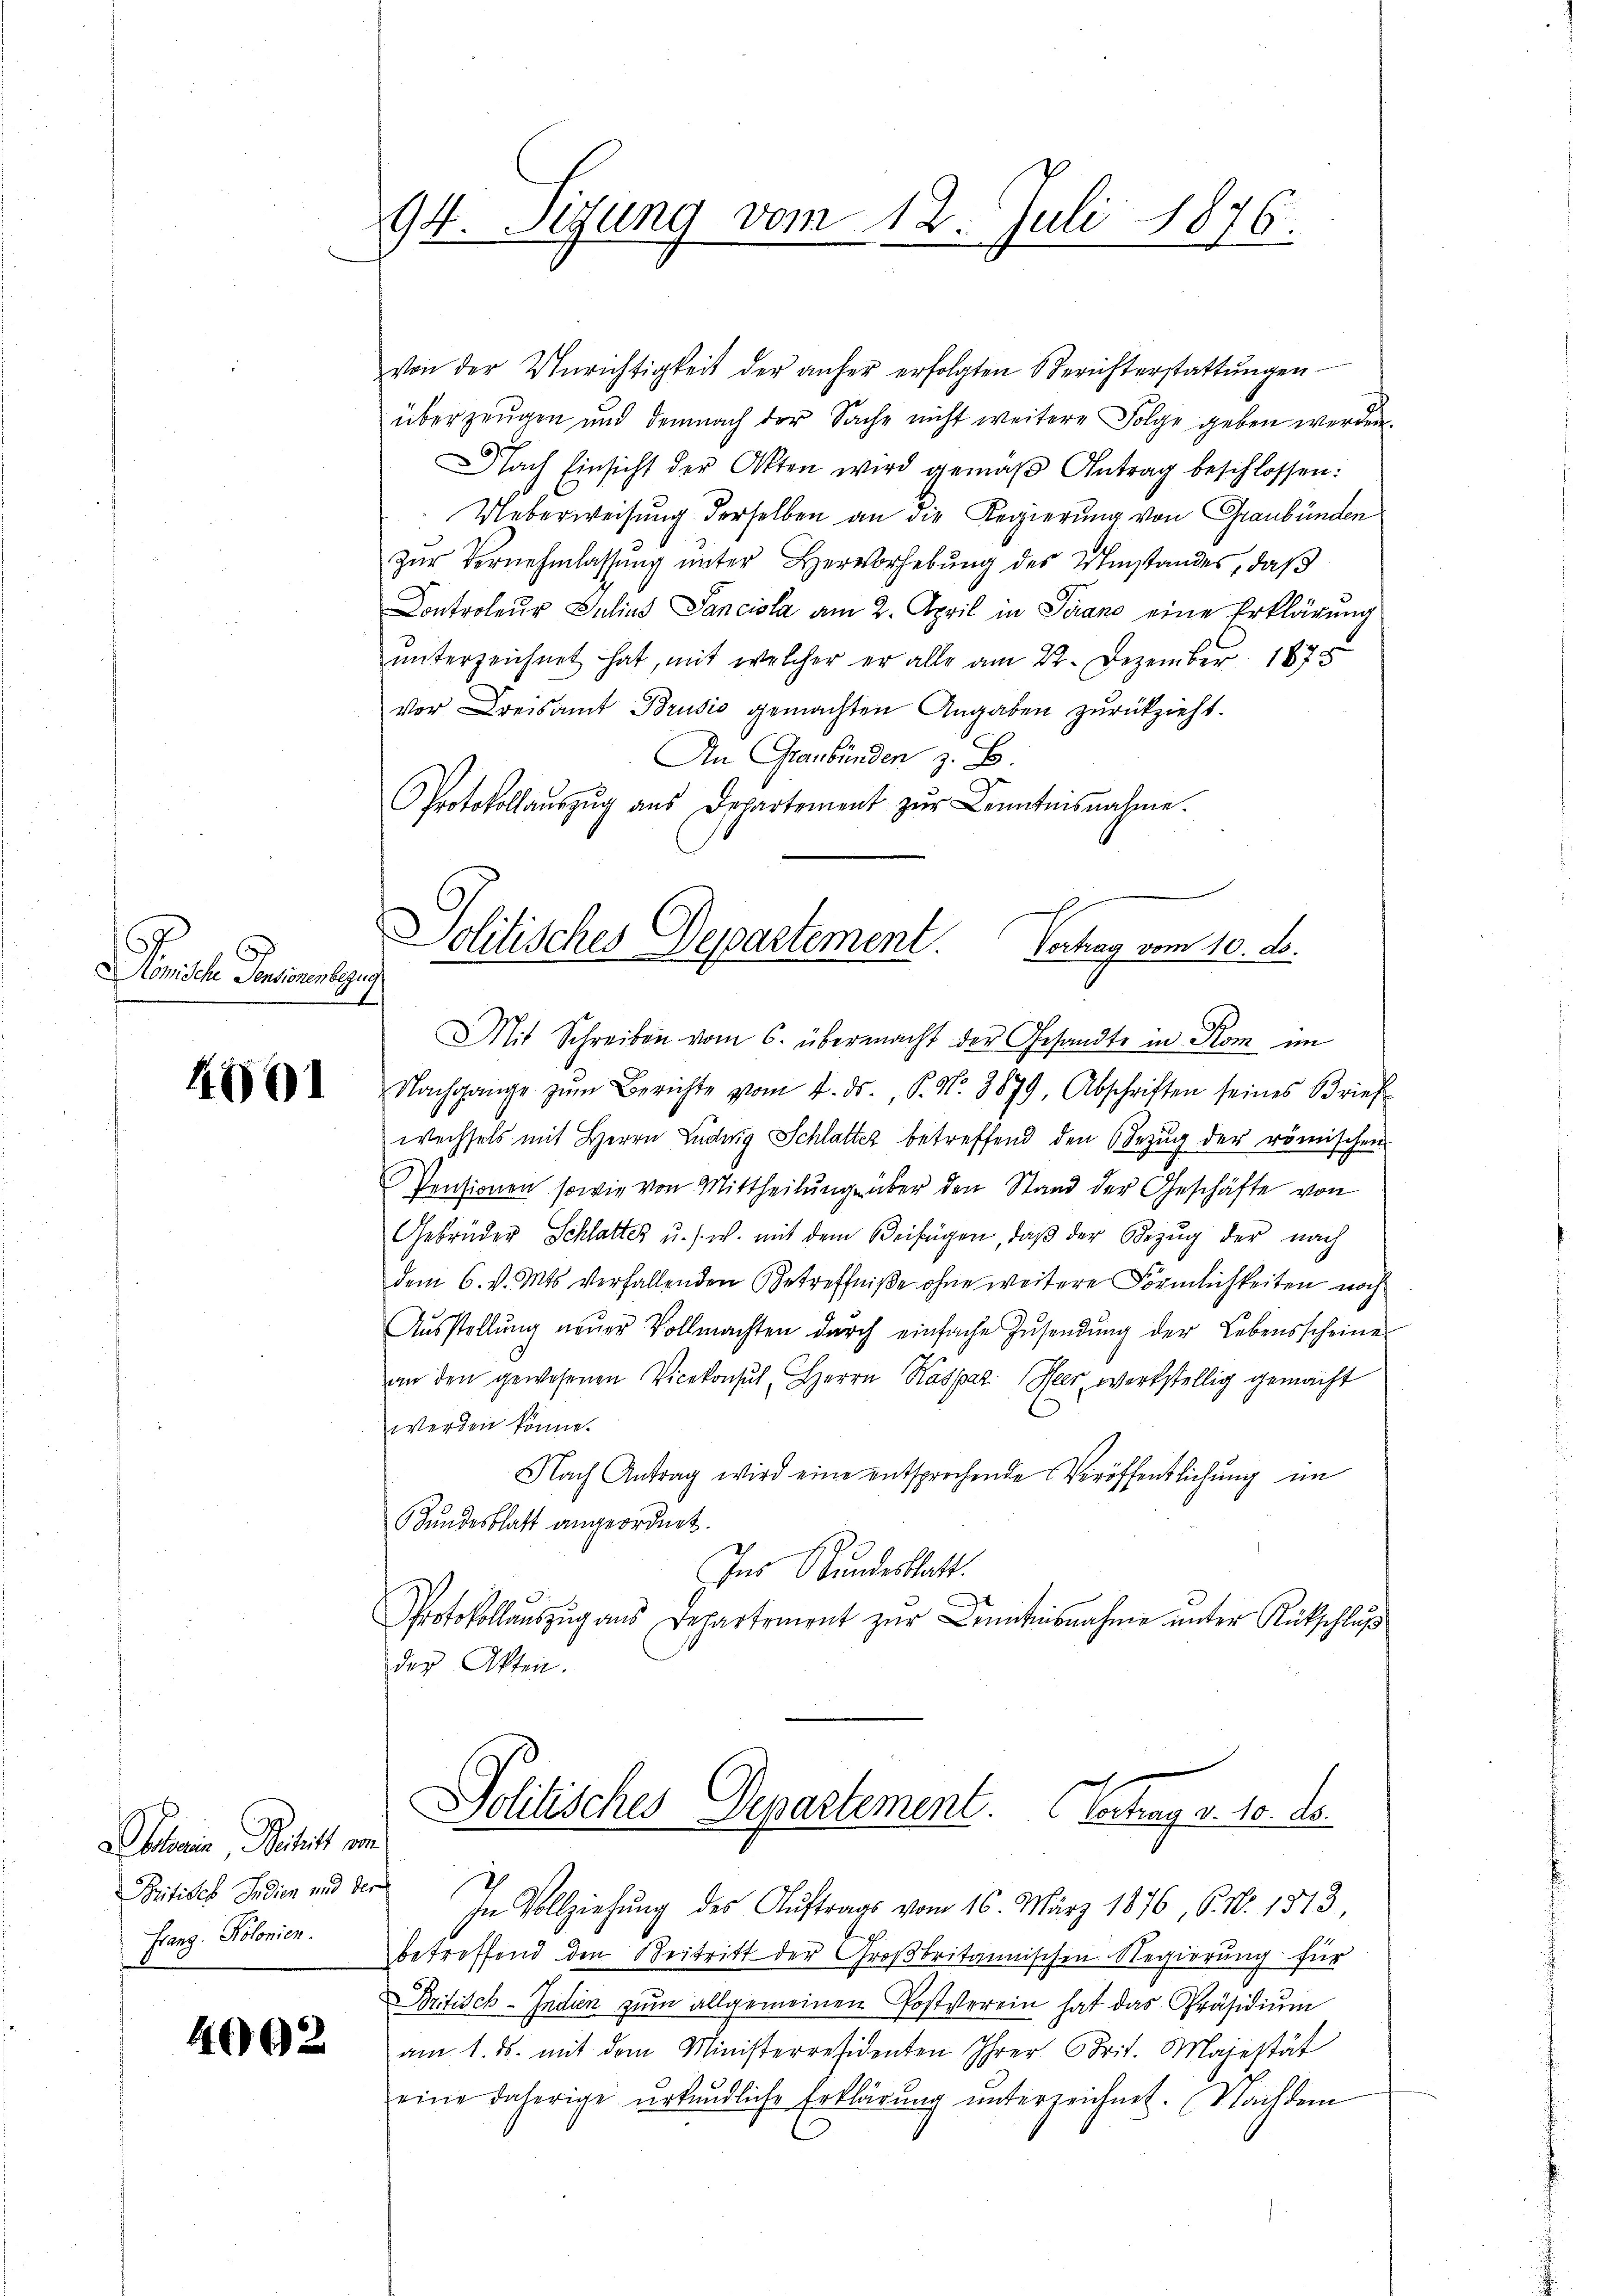
omische Personentgeg

4601

Absein, Beitritt von
Britides Indien und der
Franz. Kolonien.

492

94. Sigung vom 12. Juli 1876.

von der Unrichtigkeit der anher erfolgten Berichterstattŭngen
überzeugen und demnach der Sache nicht weitere Folge geben werden.
fach Einsicht der Akten wird gemäβ Antrag beschlossen:
Ueberweisung derselben an die Regierung von Graubünden
zur Vernehmlassung unter Hervorhebung des Umstandes, daß
Controleur Julius Sancisla am 2. April in Piano eine Erklärung
ŭnterzeichnet hat, mit welcher er alle am 22. Dezember 1875
vor Kreisamt Brusio gemachten Angaben zurückzieht.
An Graubünden z. B.
Protokollaŭszŭg ans Departement zŭr Kenntnisnahme.

Politisches Departement. Verhag vom 10. d.
Mit Schreiben vom 6. übermacht der Gesandte in Kom im

Nachgange zŭm Berichte vom 4. ds. P. Nr. 3879, Abschriften seines Brief
wechsels mit Herrn Luder Schlatter betreffend den Bezug der römischen
Pensionen sowie von Mittheilung über den Stand der Geschäfte von
Gebrüder Schlatter u. s. w. mit dem Beifügen, daβ der Bezŭg der nach
dem 6. v. Mts. verfallenden Betreffniße ohne weitere Förmlichkeiten noch
Aŭsstellŭng neŭer Vollmachten durch einfache Zŭsendŭng der Lebensscheine
an den gewesenen Vicekonsul, Herrn Kaspar Heer werkstellig gemacht
werden könne.
Nach Antrag wird eine entsprechende Veröffentlichung im
Bundesblatt angeordnet.
Ins Bundesblatt.
Protokollauszug aus Departement zur Kenntnisnahme unter Rückschluß
der Akten.

Politisches Departement. Vertrag v. 10. ds.

" In Vollziehŭng des Aŭftrags vom 16. März 1876, 6. No. 1873,
betreffend den Beitritt der Großbritannischen Regierung für
Britisch-Indien zŭm allgemeinen Postverein hat das Präsidiŭm
am 1. ds. mit dem Ministerresidenten Ihrer Crit. Majestät
eine daherige urkundliche Erklärŭng ŭnterzeichnet. Nachdem